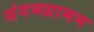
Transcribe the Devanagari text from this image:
संगमग्रामम